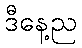
ဒီနေ့ည